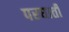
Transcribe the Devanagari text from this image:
परघाती